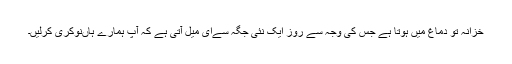
خزانہ تو دماغ میں‌ ہوتا ہے جس کی وجہ سے روز ایک نئی جگہ سےای میل آتی ہے کہ آپ ہمارے ہاں‌نوکری کرلیں۔